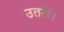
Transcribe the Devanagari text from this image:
उतरीं।